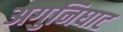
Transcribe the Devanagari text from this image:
अगुनिघाट